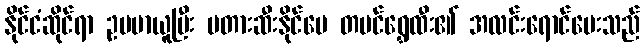
နိုင်ငံဆိုင်ရာ ဥပမာယူပြီး မတားဆီးနိုင်ပေ တပင်ရွှေထီး၏ အလင်းရောင်ပေးသည်